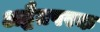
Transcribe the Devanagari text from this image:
अद्धैतपरक